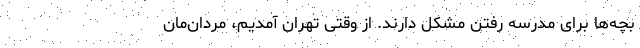
بچه‌ها برای مدرسه رفتن مشکل دارند. از وقتی تهران آمدیم، مردان‌مان